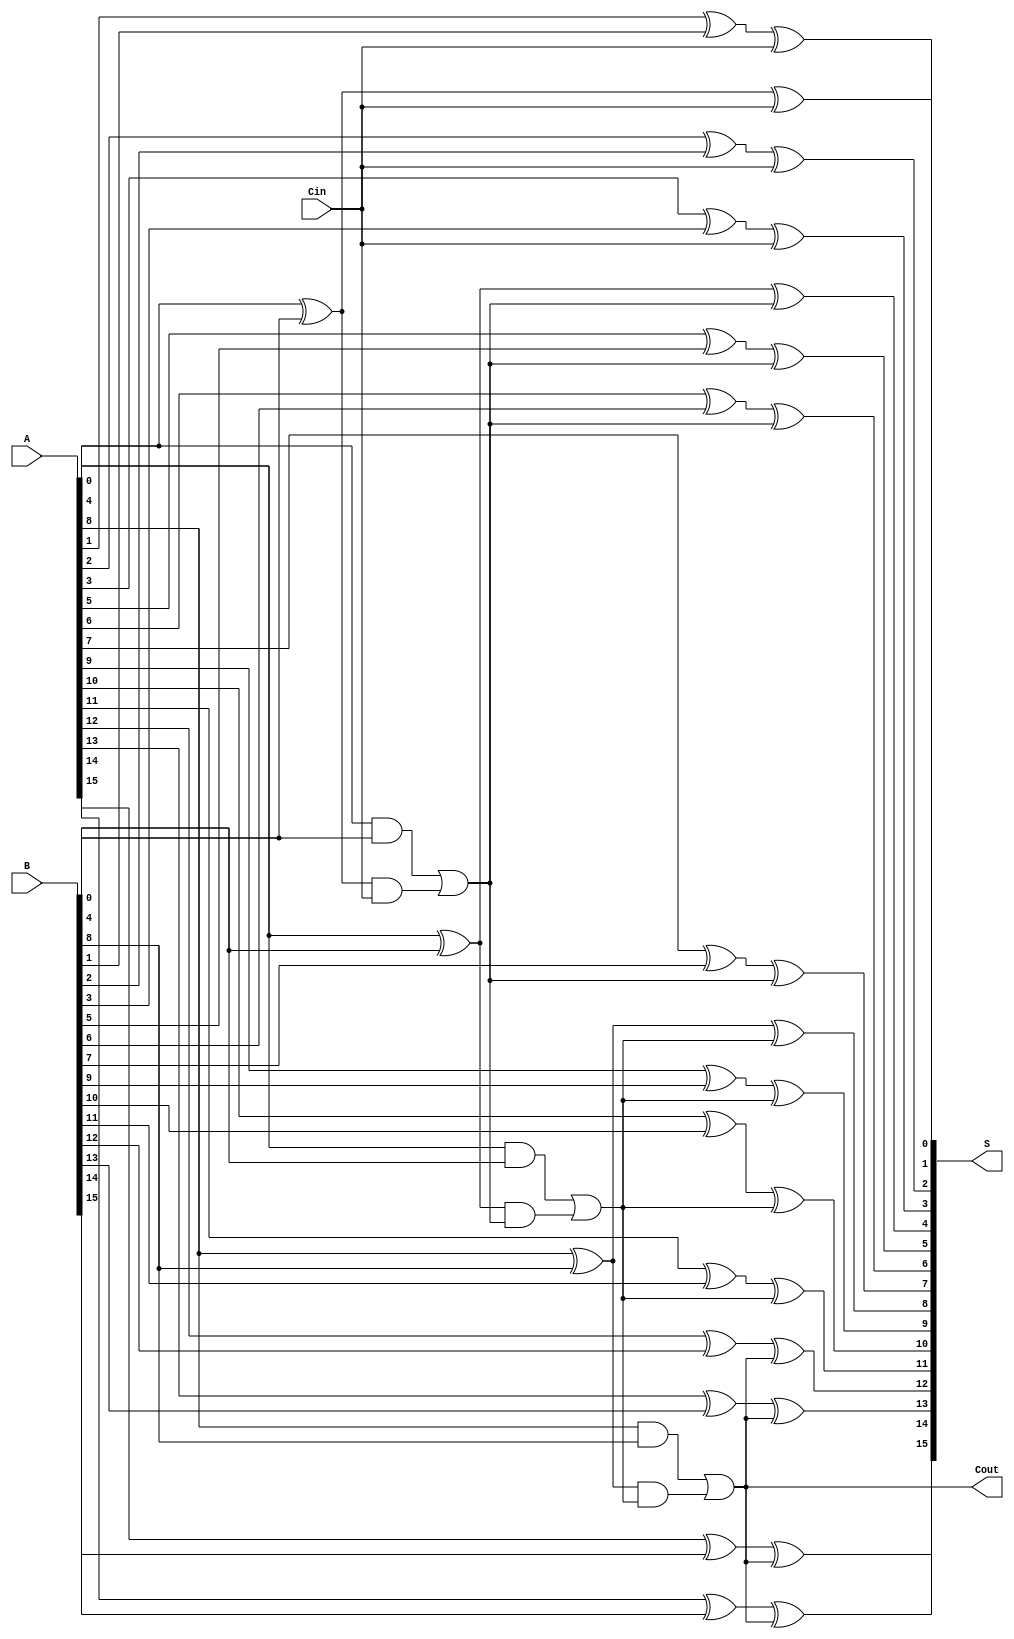
module HanCarlsonAdder #(parameter N = 16, parameter GROUP_SIZE = 4) (
    input  [N-1:0] A,
    input  [N-1:0] B,
    input          Cin,
    output [N-1:0] S,
    output         Cout
);

    // Number of groups
    localparam NUM_GROUPS = N / GROUP_SIZE;

    // Generate and propagate signals
    wire [GROUP_SIZE-1:0] G [0:NUM_GROUPS-1];
    wire [GROUP_SIZE-1:0] P [0:NUM_GROUPS-1];
    wire [NUM_GROUPS:0] C; // Carry signals

    // Generate and propagate logic for each group
    genvar i, j;
    generate
        for (i = 0; i < NUM_GROUPS; i = i + 1) begin : group
            for (j = 0; j < GROUP_SIZE; j = j + 1) begin : bit
                if (i * GROUP_SIZE + j < N) begin
                    assign G[i][j] = A[i * GROUP_SIZE + j] & B[i * GROUP_SIZE + j];
                    assign P[i][j] = A[i * GROUP_SIZE + j] ^ B[i * GROUP_SIZE + j];
                end
            end
            
            // Carry generation for each group
            if (i == 0) begin
                assign C[i] = Cin; // First group uses Cin
            end else begin
                assign C[i] = G[i-1] | (P[i-1] & C[i-1]);
            end
        end
    endgenerate

    // Sum calculation for each group
    generate
        for (i = 0; i < NUM_GROUPS; i = i + 1) begin : sum
            for (j = 0; j < GROUP_SIZE; j = j + 1) begin : bit
                if (i * GROUP_SIZE + j < N) begin
                    assign S[i * GROUP_SIZE + j] = P[i][j] ^ C[i];
                end
            end
        end
    endgenerate

    // Final carry-out
    assign Cout = C[NUM_GROUPS-1];

endmodule